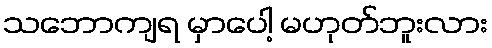
သဘောကျရ မှာပေါ့ မဟုတ်ဘူးလား